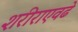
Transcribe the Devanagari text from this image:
शरीराएवढे